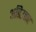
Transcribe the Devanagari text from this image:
अतिउत्तर